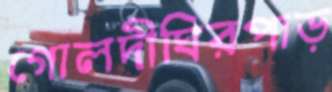
গোলদীঘিরপাড়